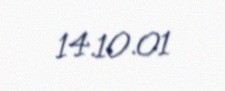
14.10.01